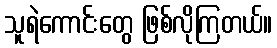
သူရဲကောင်းတွေ ဖြစ်လိုကြတယ်။